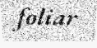
foliar